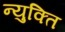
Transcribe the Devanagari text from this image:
न्युक्ति